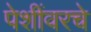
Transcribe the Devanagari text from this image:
पेशींवरचे